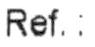
REF. :